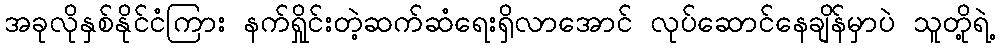
အခုလိုနှစ်နိုင်ငံကြား နက်ရှိုင်းတဲ့ဆက်ဆံရေးရှိလာအောင် လုပ်ဆောင်နေချိန်မှာပဲ သူတို့ရဲ့